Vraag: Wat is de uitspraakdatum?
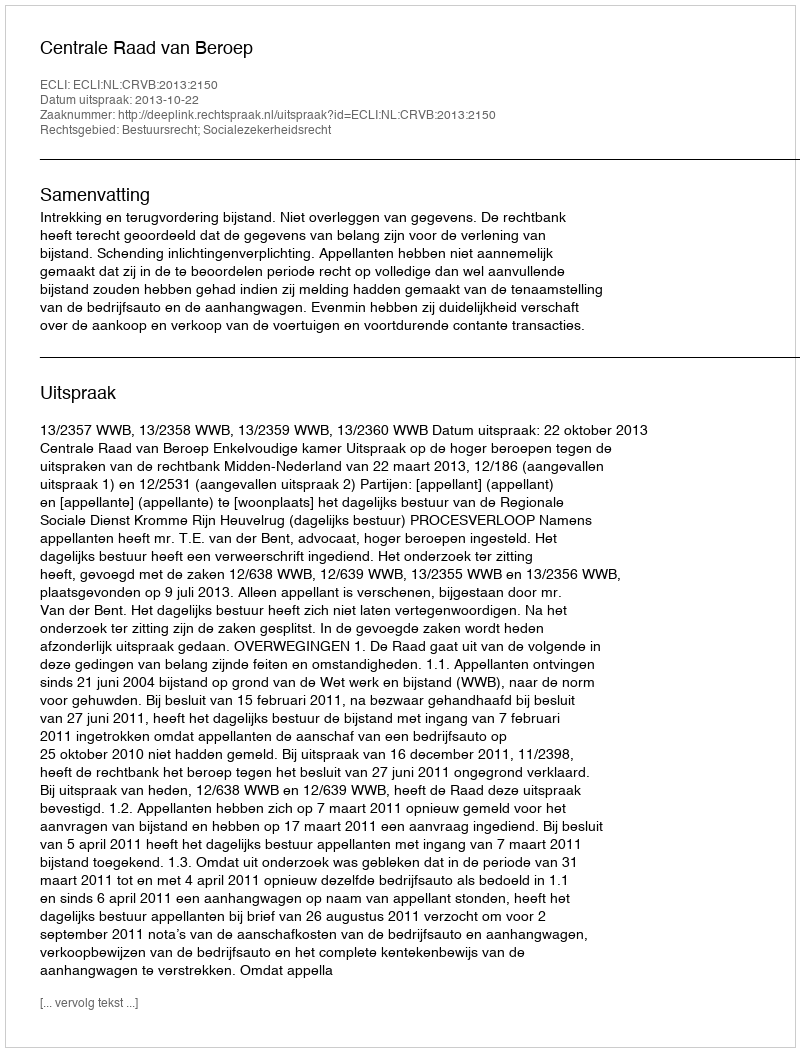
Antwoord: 2013-10-22